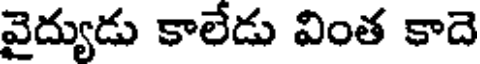
వైద్యుడు కాలేడు వింత కాదె